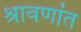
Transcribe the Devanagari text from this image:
श्रावणांत